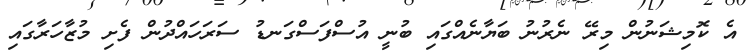
އެ ކޮމިޝަނުން މިރޭ ނެރުނު ބަޔާނެއްގައި ބުނީ އުސްފަސްގަނޑު ސަރަހައްދުން ފެށި މުޒާހަރާގައި